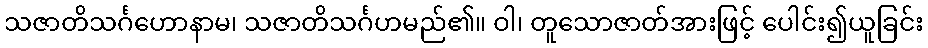
သဇာတိသင်္ဂဟောနာမ၊ သဇာတိသင်္ဂဟမည်၏။ ဝါ၊ တူသောဇာတ်အားဖြင့် ပေါင်း၍ယူခြင်း